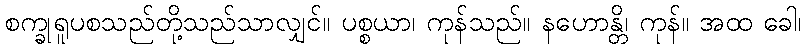
စက္ခုရူပစသည်တို့သည်သာလျှင်။ ပစ္စယာ၊ ကုန်သည်။ နဟောန္တိ၊ ကုန်။ အထ ခေါ၊